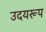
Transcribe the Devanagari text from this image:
उदयरूप